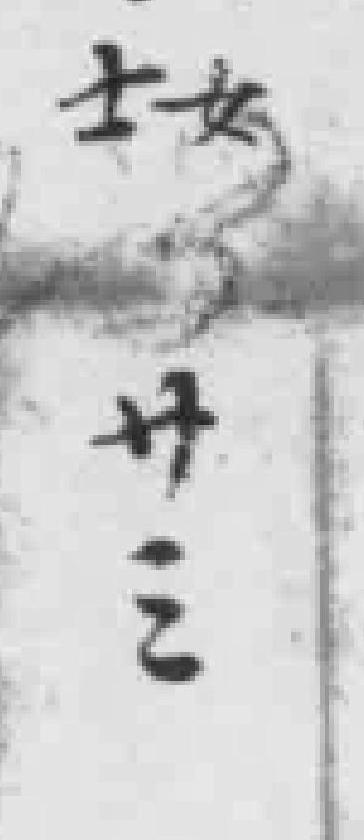
女士廿三